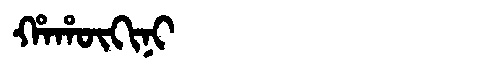
Manchu: ᡥᠠᡥᡡᡴᡳᠨᡳ
Romanization: HAHŪKINI